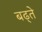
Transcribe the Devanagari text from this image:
बढ्ते